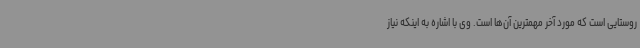
روستایی است که مورد آخر مهمترین آن‌ها است. وی با اشاره به اینکه نیاز